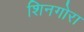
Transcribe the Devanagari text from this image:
शिनगोरा